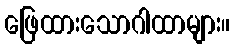
ဖြေထားသောဂါထာများ။